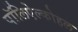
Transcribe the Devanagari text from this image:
पॉलिऐल्कोहल